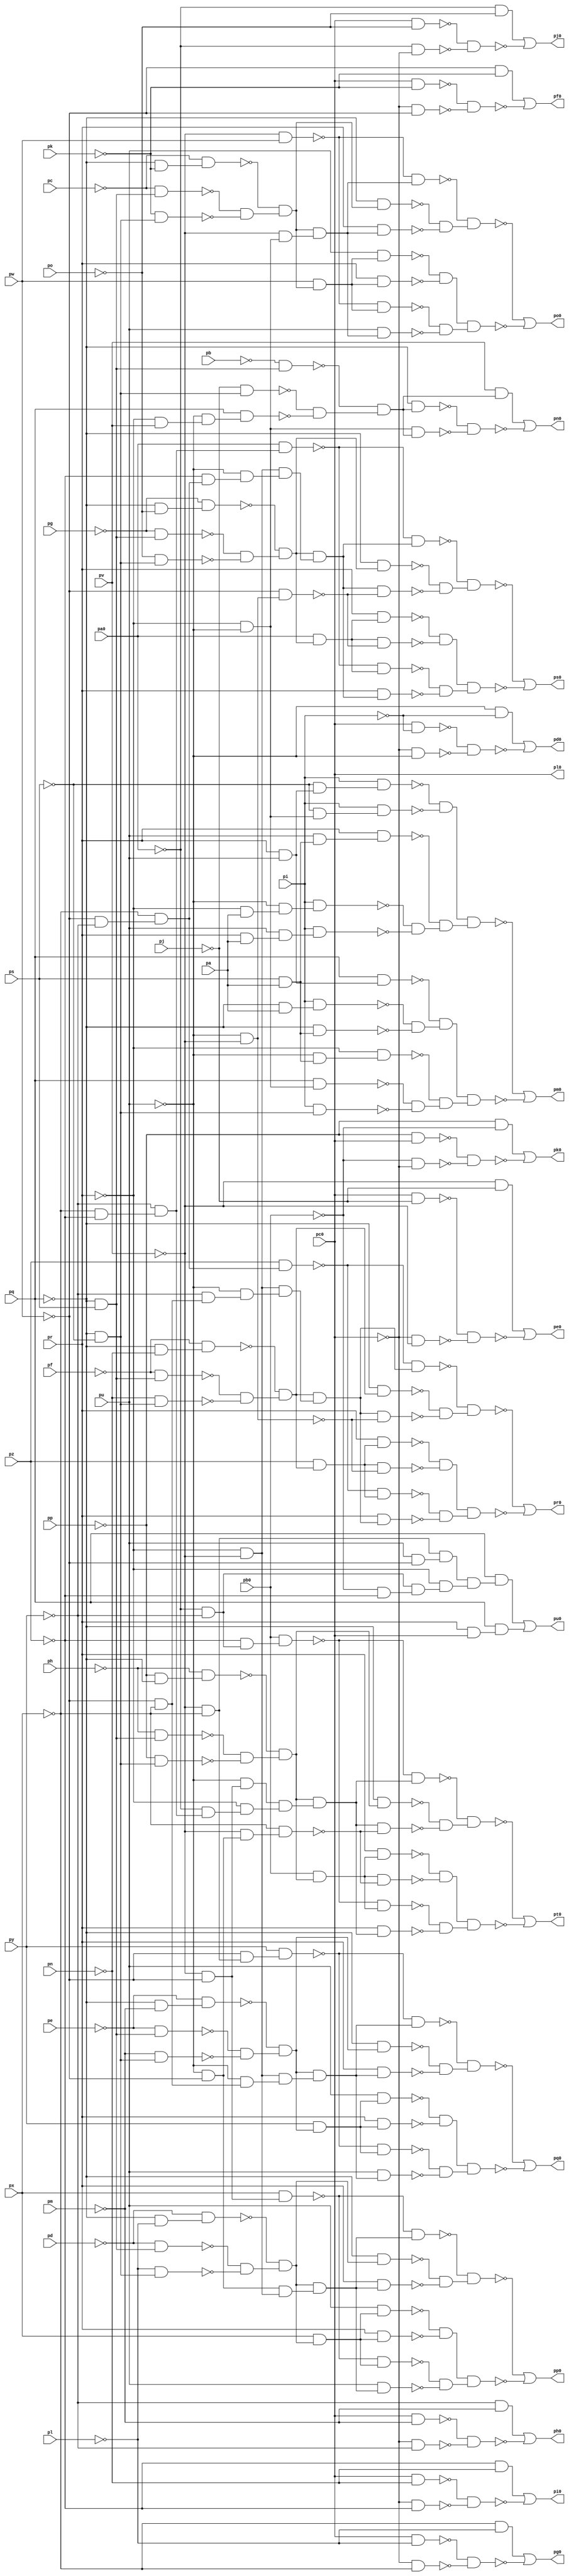
module top ( 
    pp, pa0, pq, pb0, pr, pc0, ps, pu, pv, pw, px, py, pz, pa, pb, pc, pd,
    pe, pf, pg, ph, pi, pj, pk, pl, pm, pn, po,
    pd0, pe0, pf0, pg0, ph0, pi0, pj0, pk0, pl0, pm0, pn0, po0, pp0, pq0,
    pr0, ps0, pt0, pu0  );
  input  pp, pa0, pq, pb0, pr, pc0, ps, pu, pv, pw, px, py, pz, pa, pb,
    pc, pd, pe, pf, pg, ph, pi, pj, pk, pl, pm, pn, po;
  output pd0, pe0, pf0, pg0, ph0, pi0, pj0, pk0, pl0, pm0, pn0, po0, pp0, pq0,
    pr0, ps0, pt0, pu0;
  wire new_n47_, new_n48_, new_n49_, new_n50_, new_n52_, new_n53_, new_n54_,
    new_n55_, new_n57_, new_n58_, new_n59_, new_n60_, new_n62_, new_n63_,
    new_n64_, new_n65_, new_n67_, new_n68_, new_n69_, new_n70_, new_n72_,
    new_n73_, new_n74_, new_n75_, new_n77_, new_n78_, new_n79_, new_n80_,
    new_n82_, new_n83_, new_n84_, new_n85_, new_n87_, new_n88_, new_n89_,
    new_n90_, new_n91_, new_n92_, new_n93_, new_n94_, new_n95_, new_n96_,
    new_n97_, new_n98_, new_n99_, new_n100_, new_n101_, new_n102_,
    new_n103_, new_n104_, new_n105_, new_n106_, new_n107_, new_n108_,
    new_n109_, new_n110_, new_n111_, new_n112_, new_n113_, new_n114_,
    new_n115_, new_n116_, new_n117_, new_n118_, new_n119_, new_n121_,
    new_n122_, new_n123_, new_n124_, new_n125_, new_n126_, new_n127_,
    new_n128_, new_n129_, new_n130_, new_n131_, new_n132_, new_n134_,
    new_n135_, new_n136_, new_n137_, new_n138_, new_n139_, new_n140_,
    new_n141_, new_n142_, new_n143_, new_n144_, new_n145_, new_n146_,
    new_n147_, new_n148_, new_n149_, new_n150_, new_n151_, new_n152_,
    new_n153_, new_n154_, new_n155_, new_n157_, new_n158_, new_n159_,
    new_n160_, new_n161_, new_n162_, new_n163_, new_n164_, new_n165_,
    new_n166_, new_n167_, new_n168_, new_n169_, new_n170_, new_n171_,
    new_n172_, new_n173_, new_n174_, new_n175_, new_n176_, new_n177_,
    new_n178_, new_n179_, new_n180_, new_n181_, new_n183_, new_n184_,
    new_n185_, new_n186_, new_n187_, new_n188_, new_n189_, new_n190_,
    new_n191_, new_n192_, new_n193_, new_n194_, new_n195_, new_n196_,
    new_n197_, new_n198_, new_n199_, new_n200_, new_n201_, new_n202_,
    new_n203_, new_n204_, new_n205_, new_n206_, new_n207_, new_n208_,
    new_n210_, new_n211_, new_n212_, new_n213_, new_n214_, new_n215_,
    new_n216_, new_n217_, new_n218_, new_n219_, new_n220_, new_n221_,
    new_n222_, new_n223_, new_n224_, new_n225_, new_n226_, new_n227_,
    new_n228_, new_n229_, new_n230_, new_n231_, new_n232_, new_n233_,
    new_n234_, new_n235_, new_n236_, new_n238_, new_n239_, new_n240_,
    new_n241_, new_n242_, new_n243_, new_n244_, new_n245_, new_n246_,
    new_n247_, new_n248_, new_n249_, new_n250_, new_n251_, new_n252_,
    new_n253_, new_n254_, new_n255_, new_n256_, new_n257_, new_n258_,
    new_n259_, new_n260_, new_n261_, new_n262_, new_n263_, new_n264_,
    new_n266_, new_n267_, new_n268_, new_n269_, new_n270_, new_n271_,
    new_n272_, new_n273_, new_n274_, new_n275_, new_n276_, new_n277_,
    new_n278_, new_n279_, new_n280_, new_n281_, new_n282_, new_n283_,
    new_n284_, new_n285_, new_n286_, new_n287_, new_n288_, new_n289_,
    new_n290_, new_n291_, new_n292_, new_n293_, new_n294_, new_n296_,
    new_n297_, new_n298_, new_n299_, new_n300_, new_n301_, new_n302_,
    new_n303_, new_n304_;
  assign new_n47_ = pc0 & ~pi;
  assign new_n48_ = ~pc0 & ~pu;
  assign new_n49_ = ~pu & ~pi;
  assign new_n50_ = ~new_n47_ & ~new_n48_;
  assign pd0 = new_n49_ | ~new_n50_;
  assign new_n52_ = pc0 & ~pj;
  assign new_n53_ = ~pc0 & ~pv;
  assign new_n54_ = ~pv & ~pj;
  assign new_n55_ = ~new_n52_ & ~new_n53_;
  assign pe0 = new_n54_ | ~new_n55_;
  assign new_n57_ = pc0 & ~pk;
  assign new_n58_ = ~pc0 & ~pw;
  assign new_n59_ = ~pw & ~pk;
  assign new_n60_ = ~new_n57_ & ~new_n58_;
  assign pf0 = new_n59_ | ~new_n60_;
  assign new_n62_ = pc0 & ~pl;
  assign new_n63_ = ~pc0 & ~px;
  assign new_n64_ = ~px & ~pl;
  assign new_n65_ = ~new_n62_ & ~new_n63_;
  assign pg0 = new_n64_ | ~new_n65_;
  assign new_n67_ = pc0 & ~pm;
  assign new_n68_ = ~pc0 & ~py;
  assign new_n69_ = ~py & ~pm;
  assign new_n70_ = ~new_n67_ & ~new_n68_;
  assign ph0 = new_n69_ | ~new_n70_;
  assign new_n72_ = pc0 & ~pn;
  assign new_n73_ = ~pc0 & ~pz;
  assign new_n74_ = ~pz & ~pn;
  assign new_n75_ = ~new_n72_ & ~new_n73_;
  assign pi0 = new_n74_ | ~new_n75_;
  assign new_n77_ = pc0 & ~po;
  assign new_n78_ = ~pa0 & ~pc0;
  assign new_n79_ = ~pa0 & ~po;
  assign new_n80_ = ~new_n77_ & ~new_n78_;
  assign pj0 = new_n79_ | ~new_n80_;
  assign new_n82_ = ~pp & pc0;
  assign new_n83_ = ~pb0 & ~pc0;
  assign new_n84_ = ~pp & ~pb0;
  assign new_n85_ = ~new_n82_ & ~new_n83_;
  assign pk0 = new_n84_ | ~new_n85_;
  assign new_n87_ = ~pq & pa;
  assign new_n88_ = pi & new_n87_;
  assign new_n89_ = ps & pa;
  assign new_n90_ = ~pq & new_n89_;
  assign new_n91_ = pr & pu;
  assign new_n92_ = pq & new_n91_;
  assign new_n93_ = ~pr & ~pu;
  assign new_n94_ = pq & new_n93_;
  assign new_n95_ = ~pq & ~ps;
  assign new_n96_ = pi & new_n95_;
  assign new_n97_ = ~pu & new_n89_;
  assign new_n98_ = ~pr & new_n97_;
  assign new_n99_ = ~pr & pa;
  assign new_n100_ = ~pu & new_n99_;
  assign new_n101_ = pi & new_n100_;
  assign new_n102_ = pr & pa;
  assign new_n103_ = pu & new_n102_;
  assign new_n104_ = pi & new_n103_;
  assign new_n105_ = pu & new_n89_;
  assign new_n106_ = pr & new_n105_;
  assign new_n107_ = ~ps & new_n91_;
  assign new_n108_ = pi & new_n107_;
  assign new_n109_ = ~ps & new_n93_;
  assign new_n110_ = pi & new_n109_;
  assign new_n111_ = ~new_n108_ & ~new_n110_;
  assign new_n112_ = ~new_n101_ & ~new_n104_;
  assign new_n113_ = ~new_n106_ & new_n112_;
  assign new_n114_ = new_n111_ & new_n113_;
  assign new_n115_ = ~new_n88_ & ~new_n90_;
  assign new_n116_ = ~new_n92_ & new_n115_;
  assign new_n117_ = ~new_n94_ & ~new_n96_;
  assign new_n118_ = ~new_n98_ & new_n117_;
  assign new_n119_ = new_n116_ & new_n118_;
  assign pm0 = ~new_n114_ | ~new_n119_;
  assign new_n121_ = ~pj & new_n95_;
  assign new_n122_ = ~pr & pv;
  assign new_n123_ = ~pu & new_n122_;
  assign new_n124_ = pq & new_n123_;
  assign new_n125_ = ~pq & ps;
  assign new_n126_ = ~pb & new_n125_;
  assign new_n127_ = ~new_n121_ & ~new_n124_;
  assign new_n128_ = ~new_n126_ & new_n127_;
  assign new_n129_ = ~pq & new_n128_;
  assign new_n130_ = new_n93_ & new_n128_;
  assign new_n131_ = pv & new_n128_;
  assign new_n132_ = ~new_n129_ & ~new_n130_;
  assign pn0 = new_n131_ | ~new_n132_;
  assign new_n134_ = ~pc & new_n125_;
  assign new_n135_ = ~pk & new_n95_;
  assign new_n136_ = ~pq & ~pk;
  assign new_n137_ = ~pc & new_n136_;
  assign new_n138_ = ~new_n134_ & ~new_n135_;
  assign new_n139_ = ~new_n137_ & new_n138_;
  assign new_n140_ = ~pv & pw;
  assign new_n141_ = pw & new_n139_;
  assign new_n142_ = ~new_n140_ & new_n141_;
  assign new_n143_ = ~pv & new_n93_;
  assign new_n144_ = new_n139_ & new_n143_;
  assign new_n145_ = pu & new_n144_;
  assign new_n146_ = pu & new_n141_;
  assign new_n147_ = pr & new_n141_;
  assign new_n148_ = ~pq & new_n139_;
  assign new_n149_ = pr & new_n144_;
  assign new_n150_ = ~new_n140_ & new_n144_;
  assign new_n151_ = ~new_n148_ & ~new_n149_;
  assign new_n152_ = ~new_n150_ & new_n151_;
  assign new_n153_ = ~new_n146_ & ~new_n147_;
  assign new_n154_ = ~new_n142_ & ~new_n145_;
  assign new_n155_ = new_n153_ & new_n154_;
  assign po0 = ~new_n152_ | ~new_n155_;
  assign new_n157_ = ~pd & new_n125_;
  assign new_n158_ = ~pl & new_n95_;
  assign new_n159_ = ~pq & ~pl;
  assign new_n160_ = ~pd & new_n159_;
  assign new_n161_ = ~new_n157_ & ~new_n158_;
  assign new_n162_ = ~new_n160_ & new_n161_;
  assign new_n163_ = ~pv & ~pw;
  assign new_n164_ = px & new_n163_;
  assign new_n165_ = px & new_n162_;
  assign new_n166_ = ~new_n164_ & new_n165_;
  assign new_n167_ = ~pu & ~pw;
  assign new_n168_ = ~pr & ~pv;
  assign new_n169_ = new_n167_ & new_n168_;
  assign new_n170_ = new_n162_ & new_n169_;
  assign new_n171_ = pu & new_n170_;
  assign new_n172_ = pu & new_n165_;
  assign new_n173_ = pr & new_n165_;
  assign new_n174_ = ~pq & new_n162_;
  assign new_n175_ = pr & new_n170_;
  assign new_n176_ = ~new_n164_ & new_n170_;
  assign new_n177_ = ~new_n174_ & ~new_n175_;
  assign new_n178_ = ~new_n176_ & new_n177_;
  assign new_n179_ = ~new_n172_ & ~new_n173_;
  assign new_n180_ = ~new_n166_ & ~new_n171_;
  assign new_n181_ = new_n179_ & new_n180_;
  assign pp0 = ~new_n178_ | ~new_n181_;
  assign new_n183_ = ~pe & new_n125_;
  assign new_n184_ = ~pm & new_n95_;
  assign new_n185_ = ~pq & ~pm;
  assign new_n186_ = ~pe & new_n185_;
  assign new_n187_ = ~new_n183_ & ~new_n184_;
  assign new_n188_ = ~new_n186_ & new_n187_;
  assign new_n189_ = ~pv & ~px;
  assign new_n190_ = ~pw & new_n189_;
  assign new_n191_ = py & new_n190_;
  assign new_n192_ = py & new_n188_;
  assign new_n193_ = ~new_n191_ & new_n192_;
  assign new_n194_ = ~pw & ~px;
  assign new_n195_ = ~pu & new_n194_;
  assign new_n196_ = new_n168_ & new_n195_;
  assign new_n197_ = new_n188_ & new_n196_;
  assign new_n198_ = pu & new_n197_;
  assign new_n199_ = pu & new_n192_;
  assign new_n200_ = pr & new_n192_;
  assign new_n201_ = ~pq & new_n188_;
  assign new_n202_ = pr & new_n197_;
  assign new_n203_ = ~new_n191_ & new_n197_;
  assign new_n204_ = ~new_n201_ & ~new_n202_;
  assign new_n205_ = ~new_n203_ & new_n204_;
  assign new_n206_ = ~new_n199_ & ~new_n200_;
  assign new_n207_ = ~new_n193_ & ~new_n198_;
  assign new_n208_ = new_n206_ & new_n207_;
  assign pq0 = ~new_n205_ | ~new_n208_;
  assign new_n210_ = ~pf & new_n125_;
  assign new_n211_ = ~pn & new_n95_;
  assign new_n212_ = ~pq & ~pn;
  assign new_n213_ = ~pf & new_n212_;
  assign new_n214_ = ~new_n210_ & ~new_n211_;
  assign new_n215_ = ~new_n213_ & new_n214_;
  assign new_n216_ = ~pw & ~py;
  assign new_n217_ = ~px & new_n216_;
  assign new_n218_ = pz & new_n217_;
  assign new_n219_ = pz & new_n215_;
  assign new_n220_ = ~new_n218_ & new_n219_;
  assign new_n221_ = ~py & new_n194_;
  assign new_n222_ = ~pu & new_n221_;
  assign new_n223_ = new_n168_ & new_n222_;
  assign new_n224_ = new_n215_ & new_n223_;
  assign new_n225_ = pr & new_n224_;
  assign new_n226_ = pr & new_n219_;
  assign new_n227_ = ~pu & ~pv;
  assign new_n228_ = new_n219_ & ~new_n227_;
  assign new_n229_ = ~pq & new_n215_;
  assign new_n230_ = new_n224_ & ~new_n227_;
  assign new_n231_ = ~new_n218_ & new_n224_;
  assign new_n232_ = ~new_n229_ & ~new_n230_;
  assign new_n233_ = ~new_n231_ & new_n232_;
  assign new_n234_ = ~new_n226_ & ~new_n228_;
  assign new_n235_ = ~new_n220_ & ~new_n225_;
  assign new_n236_ = new_n234_ & new_n235_;
  assign pr0 = ~new_n233_ | ~new_n236_;
  assign new_n238_ = ~pg & new_n125_;
  assign new_n239_ = ~po & new_n95_;
  assign new_n240_ = ~pq & ~po;
  assign new_n241_ = ~pg & new_n240_;
  assign new_n242_ = ~new_n238_ & ~new_n239_;
  assign new_n243_ = ~new_n241_ & new_n242_;
  assign new_n244_ = ~px & ~pz;
  assign new_n245_ = ~py & new_n244_;
  assign new_n246_ = pa0 & new_n245_;
  assign new_n247_ = pa0 & new_n243_;
  assign new_n248_ = ~new_n246_ & new_n247_;
  assign new_n249_ = ~pz & new_n217_;
  assign new_n250_ = ~pu & new_n249_;
  assign new_n251_ = new_n168_ & new_n250_;
  assign new_n252_ = new_n243_ & new_n251_;
  assign new_n253_ = pr & new_n252_;
  assign new_n254_ = pr & new_n247_;
  assign new_n255_ = ~pw & new_n227_;
  assign new_n256_ = new_n247_ & ~new_n255_;
  assign new_n257_ = ~pq & new_n243_;
  assign new_n258_ = new_n252_ & ~new_n255_;
  assign new_n259_ = ~new_n246_ & new_n252_;
  assign new_n260_ = ~new_n257_ & ~new_n258_;
  assign new_n261_ = ~new_n259_ & new_n260_;
  assign new_n262_ = ~new_n254_ & ~new_n256_;
  assign new_n263_ = ~new_n248_ & ~new_n253_;
  assign new_n264_ = new_n262_ & new_n263_;
  assign ps0 = ~new_n261_ | ~new_n264_;
  assign new_n266_ = ~ph & new_n125_;
  assign new_n267_ = ~pp & new_n95_;
  assign new_n268_ = ~pp & ~pq;
  assign new_n269_ = ~ph & new_n268_;
  assign new_n270_ = ~new_n266_ & ~new_n267_;
  assign new_n271_ = ~new_n269_ & new_n270_;
  assign new_n272_ = ~pa0 & ~py;
  assign new_n273_ = ~pz & new_n272_;
  assign new_n274_ = pb0 & new_n273_;
  assign new_n275_ = pb0 & new_n271_;
  assign new_n276_ = ~new_n274_ & new_n275_;
  assign new_n277_ = ~pa0 & new_n245_;
  assign new_n278_ = ~pu & new_n163_;
  assign new_n279_ = ~pr & new_n277_;
  assign new_n280_ = new_n278_ & new_n279_;
  assign new_n281_ = new_n271_ & new_n280_;
  assign new_n282_ = pr & new_n281_;
  assign new_n283_ = pr & new_n275_;
  assign new_n284_ = ~pv & new_n167_;
  assign new_n285_ = ~px & new_n284_;
  assign new_n286_ = new_n275_ & ~new_n285_;
  assign new_n287_ = ~pq & new_n271_;
  assign new_n288_ = new_n281_ & ~new_n285_;
  assign new_n289_ = ~new_n274_ & new_n281_;
  assign new_n290_ = ~new_n287_ & ~new_n288_;
  assign new_n291_ = ~new_n289_ & new_n290_;
  assign new_n292_ = ~new_n283_ & ~new_n286_;
  assign new_n293_ = ~new_n276_ & ~new_n282_;
  assign new_n294_ = new_n292_ & new_n293_;
  assign pt0 = ~new_n291_ | ~new_n294_;
  assign new_n296_ = ~pb0 & ~pz;
  assign new_n297_ = new_n272_ & new_n296_;
  assign new_n298_ = pu & ~pw;
  assign new_n299_ = new_n189_ & new_n298_;
  assign new_n300_ = ~pr & new_n297_;
  assign new_n301_ = new_n299_ & new_n300_;
  assign new_n302_ = pq & new_n301_;
  assign new_n303_ = pr & pc0;
  assign new_n304_ = pq & new_n303_;
  assign pu0 = new_n302_ | new_n304_;
  assign pl0 = pc0;
endmodule